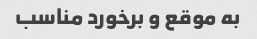
به موقع و برخورد مناسب